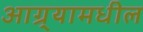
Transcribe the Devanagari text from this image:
आग्र्यामधील